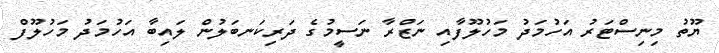
ޔޫތު މިނިސްޓަރު އަހުމަދު މަހުލޫފާއި ނަޒްރާ ނަސީމުގެ ދަރިކަނބަލުން ލައިބާ އަހުމަދު މަހުލޫފް